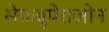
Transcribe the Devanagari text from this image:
सेफ़बुपेराज़ोन